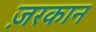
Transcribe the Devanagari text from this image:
ज़रकान